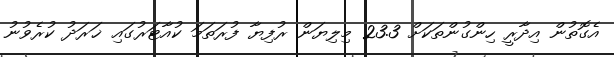
އެގޮތުން އިދާރީ ހިންގުންތަކަށް 23.3 މިލިޔަން ރުފިޔާ ފުރަތަމަ ކުއާޓަރުގައި ޚަރަދު ކުރެވުނު